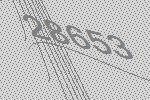
28653